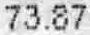
73.87